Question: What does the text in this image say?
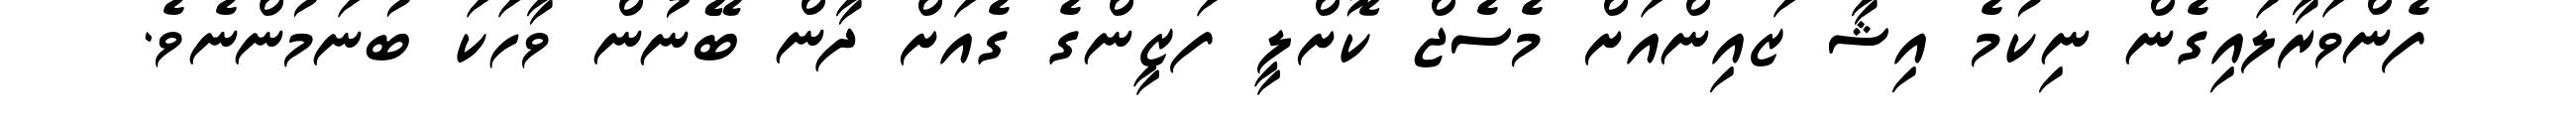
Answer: ފެންވަރާލައިގެން ނިކުމެ އިޝާ ޒައިންއަށް މެސެޖް ކޮށްލީ ފަޒީންގެ ގެއަށް ދާން ބޭނުން ވާހަކަ ބުނަމުންނެވެ.